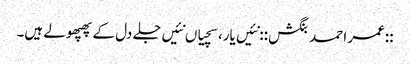
::عمر احمد بنگش:: نئیں یار، سچیاں نئیں‌جلے دل کے پھپھولے ہیں۔